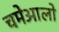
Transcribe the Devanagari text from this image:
चमेआलो